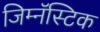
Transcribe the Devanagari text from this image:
जिम्नॅस्टिक